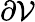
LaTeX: \partial\mathcal{V}